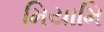
મિયામિ